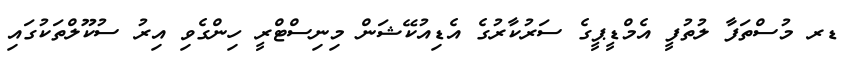
ޑރ މުސްތަފާ ލުތުފީ އެމްޑީޕީގެ ސަރުކާރުގެ އެޑިއުކޭޝަން މިނިސްޓްރީ ހިންގެވި އިރު ސުކޫލްތަކުގައި